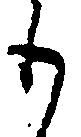
も